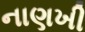
નાણખી